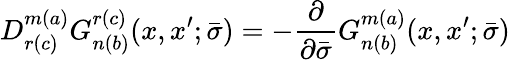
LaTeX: D_{r(c)}^{m(a)}G_{n(b)}^{r(c)}(x,x^{\prime};\bar{\sigma})=-\frac{\partial}{\partial\bar{\sigma}}G_{n(b)}^{m(a)}(x,x^{\prime};\bar{\sigma})